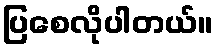
ပြစေလိုပါတယ်။